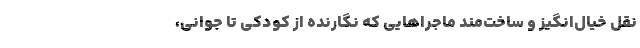
نقل خیال‌انگیز و ساخت‌مند ماجراهایی که نگارنده از کودکی تا جوانی،